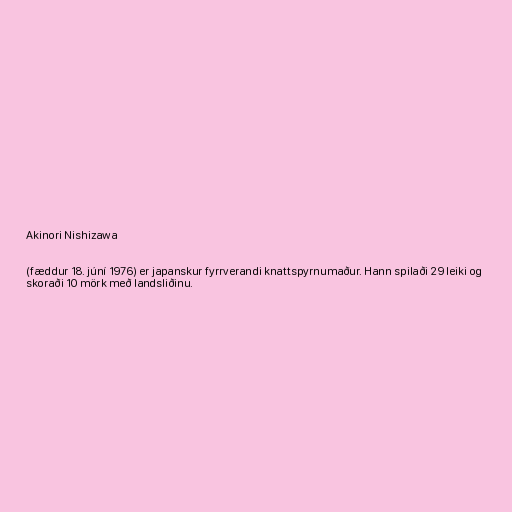
Akinori Nishizawa

(fæddur 18. júní 1976) er japanskur fyrrverandi knattspyrnumaður. Hann spilaði 29 leiki og
skoraði 10 mörk með landsliðinu.